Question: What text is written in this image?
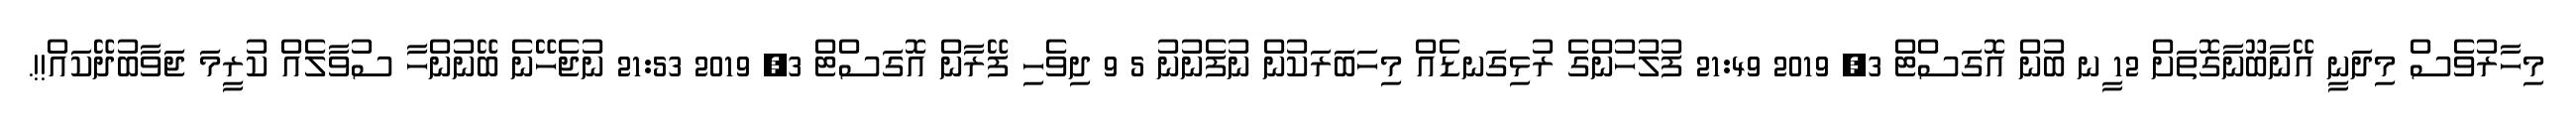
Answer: މިހާރުވެސް މިދަނީ އޭނާބޫނާގޮތަށް 12 ީނ ބުން އޮގަސްޓް 3, 2019 21:49 ފުލުހުންގެ ރުޅިގަނޑެއް މިހަބަރަކުން ނުފެނުނު 5 9 ދިވެހި ފޭރާން އޮގަސްޓް 3, 2019 21:53 ނުޖެހޭނެ ބޭނުންހާ ސުވާލެއް ކުރީމަ ޖަވާބުދޭކައް!!.